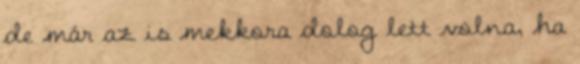
de már az is mekkora dolog lett volna, ha